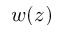
w ( z )